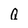
Character: Q